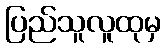
ပြည်သူလူထုမှ